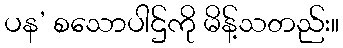
ပန’ စသောပါဌ်ကို မိန့်သတည်း။